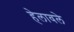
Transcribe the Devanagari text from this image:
हेलावले